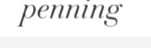
penning